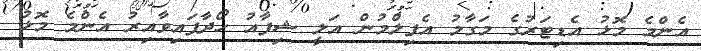
އެންމެ މޮޅު އެޑިޓަރުގެ މަގާމު އެފިލްމުން އަލީ ޝިފާއު ހޯދާފައިވާއިރު އެންމެ މޮޅު